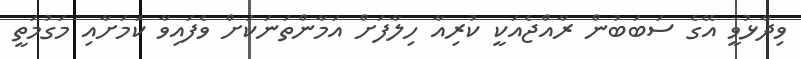
ވިދާޅުވީ އޭގެ ސަބަބުން ރާއްޖެއަކީ ކުރިއާ ހިލާފަށް އަމާންތަނަކަށް ވެފައިވާ ކަމަށާއި މަގުމަތީ